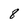
Character: 8